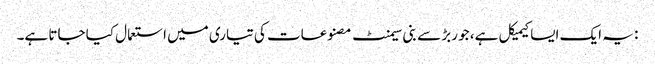
: یہ ایک ایسا کیمیکل ہے، جو ربڑ سے بنی سیمنٹ مصنوعات کی تیاری میں استعمال کیا جاتا ہے۔